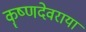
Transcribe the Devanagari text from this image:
कॄष्णदेवराया